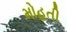
મોહતી